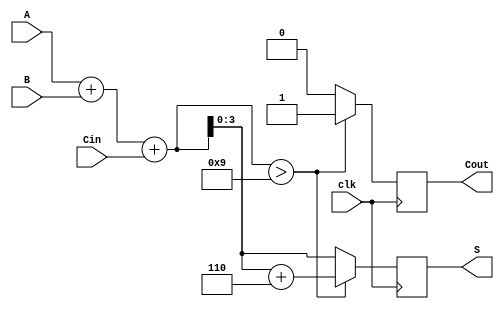
module bcd_synchronous_adder (
    input wire [3:0] A,      // First BCD digit
    input wire [3:0] B,      // Second BCD digit
    input wire clk,          // Clock signal
    input wire Cin,          // Carry-in
    output reg [3:0] S,      // BCD Sum output
    output reg Cout          // Carry-out output
);
    reg [4:0] Sum;            // Intermediate sum (5 bits to accommodate carry)

    always @(posedge clk) begin
        // Calculate the raw sum of A, B, and Cin
        Sum = A + B + Cin;

        // Check if the sum exceeds the BCD range (greater than 9)
        if (Sum > 9) begin
            // If so, correct the sum by adding 6
            S = Sum + 5'b00110; // 6 in binary
            Cout = 1;           // Set carry out
        end else begin
            S = Sum[3:0];       // Use the lower 4 bits if within range
            Cout = 0;           // No carry out
        end
    end
endmodule